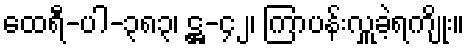
ထေရီ-ပါ-၃၈၃၊ ဋ္ဌ-၄၂၊ ကြာပန်းလှူခဲ့ရကျိုး။